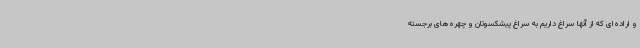
و اراده‌ای که از آنها سراغ داریم به سراغ پیشکسوتان و چهره‌های برجسته